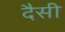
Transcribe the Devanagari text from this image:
दैसी